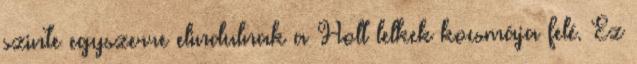
szinte egyszerre elindulnak a Holt lelkek kocsmája felé. Ez